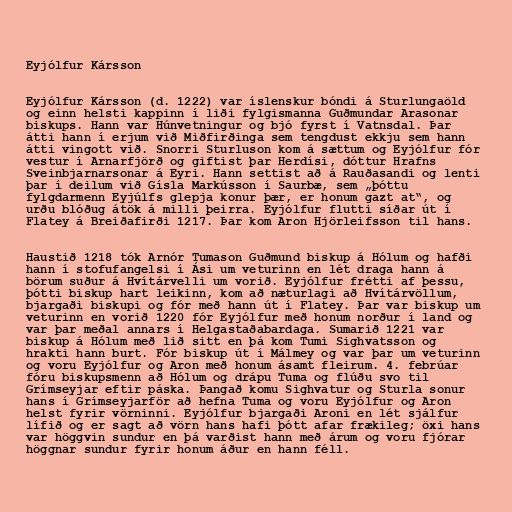
Eyjólfur Kársson

Eyjólfur Kársson (d. 1222) var íslenskur bóndi á Sturlungaöld
og einn helsti kappinn í liði fylgismanna Guðmundar Arasonar
biskups. Hann var Húnvetningur og bjó fyrst í Vatnsdal. Þar
átti hann í erjum við Miðfirðinga sem tengdust ekkju sem hann
átti vingott við. Snorri Sturluson kom á sættum og Eyjólfur fór
vestur í Arnarfjörð og giftist þar Herdísi, dóttur Hrafns
Sveinbjarnarsonar á Eyri. Hann settist að á Rauðasandi og lenti
þar í deilum við Gísla Markússon í Saurbæ, sem „þóttu
fylgdarmenn Eyjúlfs glepja konur þær, er honum gazt at“, og
urðu blóðug átök á milli þeirra. Eyjólfur flutti síðar út í
Flatey á Breiðafirði 1217. Þar kom Aron Hjörleifsson til hans.

Haustið 1218 tók Arnór Tumason Guðmund biskup á Hólum og hafði
hann í stofufangelsi í Ási um veturinn en lét draga hann á
börum suður á Hvítárvelli um vorið. Eyjólfur frétti af þessu,
þótti biskup hart leikinn, kom að næturlagi að Hvítárvöllum,
bjargaði biskupi og fór með hann út í Flatey. Þar var biskup um
veturinn en vorið 1220 fór Eyjólfur með honum norður í land og
var þar meðal annars í Helgastaðabardaga. Sumarið 1221 var
biskup á Hólum með lið sitt en þá kom Tumi Sighvatsson og
hrakti hann burt. Fór biskup út í Málmey og var þar um veturinn
og voru Eyjólfur og Aron með honum ásamt fleirum. 4. febrúar
fóru biskupsmenn að Hólum og drápu Tuma og flúðu svo til
Grímseyjar eftir páska. Þangað komu Sighvatur og Sturla sonur
hans í Grímseyjarför að hefna Tuma og voru Eyjólfur og Aron
helst fyrir vörninni. Eyjólfur bjargaði Aroni en lét sjálfur
lífið og er sagt að vörn hans hafi þótt afar frækileg; öxi hans
var höggvin sundur en þá varðist hann með árum og voru fjórar
höggnar sundur fyrir honum áður en hann féll.